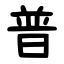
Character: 普